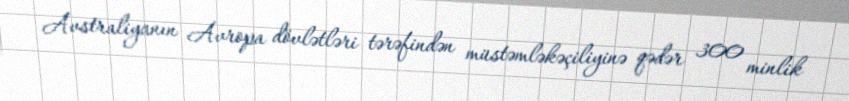
Avstraliyanın Avropa dövlətləri tərəfindən müstəmləkəçiliyinə qədər 300 minlik